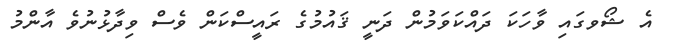
އެ ޝޯވގައި ވާހަކަ ދައްކަވަމުން ދަނީ ޤައުމުގެ ރައީސްކަން ވެސް ވިދާޅުނުވެ އާންމު